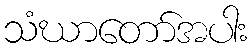
သံဃာတော်အပါး